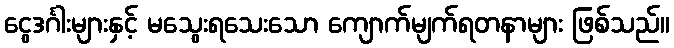
ငွေဒင်္ဂါးများနှင့် မသွေးရသေးသော ကျောက်မျက်ရတနာများ ဖြစ်သည်။